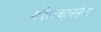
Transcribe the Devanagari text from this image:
संदेशवहनसेवा